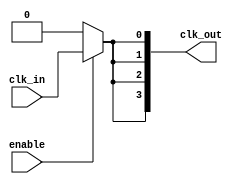
module high_fanout_clock_buffer #(
    parameter NUM_OUTPUTS = 4 // Number of clock outputs
)(
    input wire clk_in,           // Input clock signal
    input wire enable,           // Enable signal to control power management
    output wire [NUM_OUTPUTS-1:0] clk_out // Array of output clock signals
);

// Buffering mechanism: Creating multiple clock outputs
genvar i;
generate
    for (i = 0; i < NUM_OUTPUTS; i = i + 1) begin : clk_buffer
        // Create a clock output based on input clock
        assign clk_out[i] = enable ? clk_in : 1'b0; // Output the clock only if enabled
    end
endgenerate

endmodule